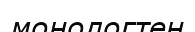
монологтен